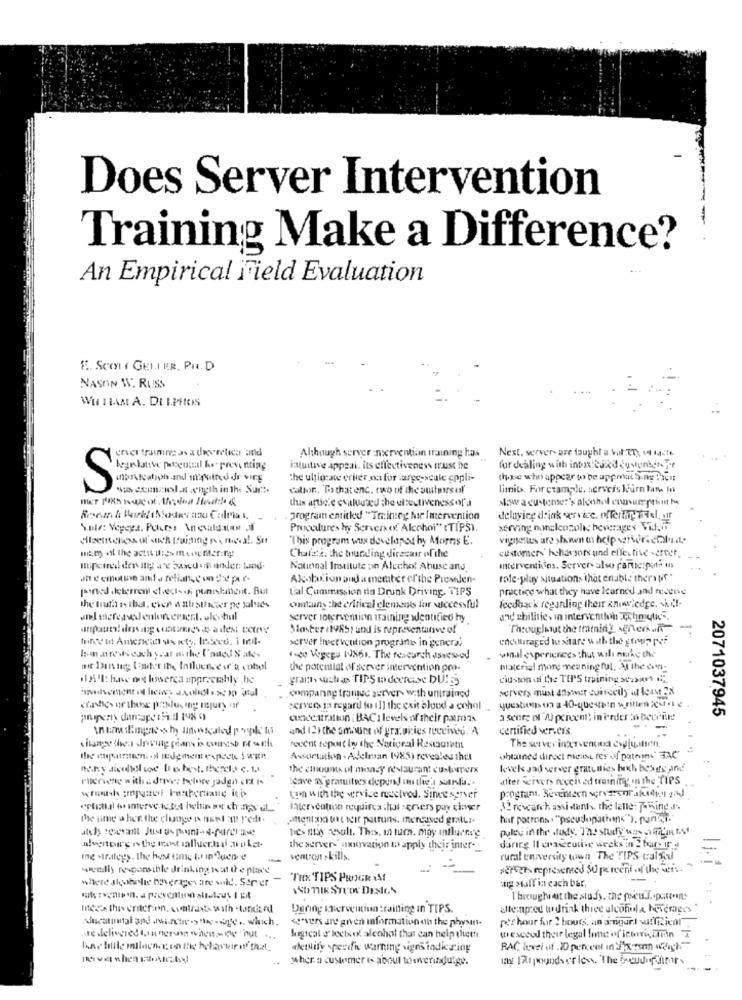
Does Server Intervention
-
Training Make a Difference?
An Empirical Field Evaluation
E. Scon ( GELI ER. PH. D
NASON W. RUSS
WH HAM A. DELPHOS
Next. server- are taught a Vul TT), 14 44-7%
Although server nerventian irunning has
begelative potential he prens ning
intuitive appeal. its effectiveness must he
for dealing with inta caxd duverbetert
the uljigrace eriter na for large-scale eppli-
those who appear to be approaching Picit
S
wie comola wength in the Sur :.
catpor .. To that enc. two of the outers of
limit>. For example. servers kourn tam In
this article evaluused the elsectiveness off'a
slow a customer's alcohol consumption M
. program entitled "Trin:cy for Intervention
delavice d'ink service, offerthr Triel, air
Procedures hy Servers of Alcohol" (TIPS).
serving nonelcucoles beverages Vids
"This program wus dovelapos hy Morris E.
vigisettes are shown os help server. chala.il
customer- hchavsors und effective server.
Chalzta. the tourdling direcair ofthe
National Institute on Alcohol Abuse and
Interventiins. Server- also participate in
ah e emotion and a reliance on the per-
Alcobaxion and a member of the Promden-
role-play situations that enable theratif"
painted deterrent <1.ct-sk punishment. But
tal Cummission din Drunk Driving. TIPS
practice what they have learned and receive
cantauns the critical clements for wiecessful
feedback reganling their knowledge, ky !-
server intervention training sentitico by
and chillife, in interventhein wehmque",
Master (1985) und is representative of
Theougliut the training, soneri an-
server livervention prograde in general
encouraged to share with the grapes
Im.afew. each year mthe l'oued % ates
foco Vegega IUS61. The research assessod
winal experiences that will nerke the
the potential of server intervention pro-
material more meaningful, At the den-
grach wastas TIPS to deercise DU!ES
ciuston of the TIPS training 2020
ompanne framed server- with untrained
servers must answer suirectly il least EN
serveo ja regard to ill the exit blood a cohol _
2071037945
concentration : BAC 1 levels of their patrons
a seere ( A) percent, in erder :adecir!
and 12) the amount of yra. okies received. A
certified ver.eis
The server interventiud cwyju.itsen,
Docent report loy the National Restaurant
Assortatkin . Adelman (985) revealed thul
ohtained direct mest res of path" BAC"
the counts ul monzy restaurant customerx
levek Jad server gratuities hoch howers and
"cave ax gratuities depend un the's surfa ..
after servers received training' In the TIPS
ton with the service meetved. Since server
later cotton requires that servers pay timer
32 research assistant. the latte: Towing s.
the ime a her. the change o nant I redt.
Mento watheir patruns, mertused grML.
har patrons . "pseudonations"). purini"
hes may Result. Thes. in turn. may influens'y
puley in the handy. The study was SY MiL'in t.At
the server-" novation to apply their inter -_
daring Il crasecutive weeks in 2 bary if
ventrewn skills.
rural university wwwn The TIPS tralfed
westilly responsible drinking tat the place
servers represented SU pe recht of the weis.
where shebelie beverages are sold. Server
-
"THE TIPS PROGR IA
wag staff in cach bar.
I hrough est the study. the poetu.s. patent
Dering Iferventiun training In TIPS.
alte:np:ed wdriak three alcohola beverages
servers are given information dh the physans-
pof hour for 2 bouts, an arngurl sufficient
higrcal d' koch. alcohol that can help thett
wescood their legal fone of icoticariin T
detlify sperofi warning signs indicating
RAC level of . ID percent in SixTen weigh.""
wher. a customer is about towerindulge.